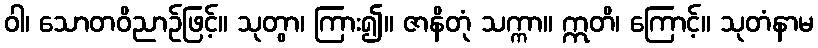
ဝါ၊ သောတဝိညာဉ်ဖြင့်။ သုတွာ၊ ကြား၍။ ဇာနိတုံ သက္ကာ။ ဣတိ၊ ကြောင့်။ သုတံနာမ